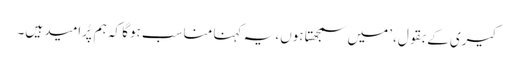
کیری کے بقول، ’میں سمجھتا ہوں، یہ کہنا مناسب ہوگا کہ ہم پُرامید ہیں۔